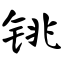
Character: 铫